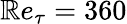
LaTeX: \mathbb{R}e_{\tau}=360